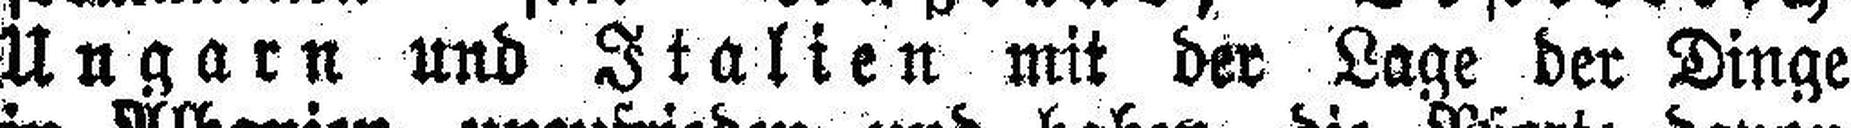
Ungarn und Italien mit der Lage der Dinge